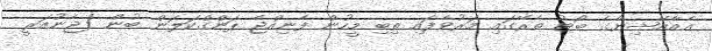
އެއާއޭޝިޔާގެ ބޯޓު ތެރޭގައި މަރުވެފައި ތިބި މީހުން ފެނިއްޖެ ޕަންގްކަލަން ބުން (ޖެނުއަރީ